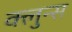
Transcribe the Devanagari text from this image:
क्लुन्स